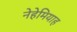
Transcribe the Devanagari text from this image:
नेहेमियाह